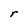
Character: r